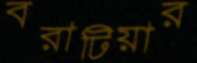
বরাটিয়ার